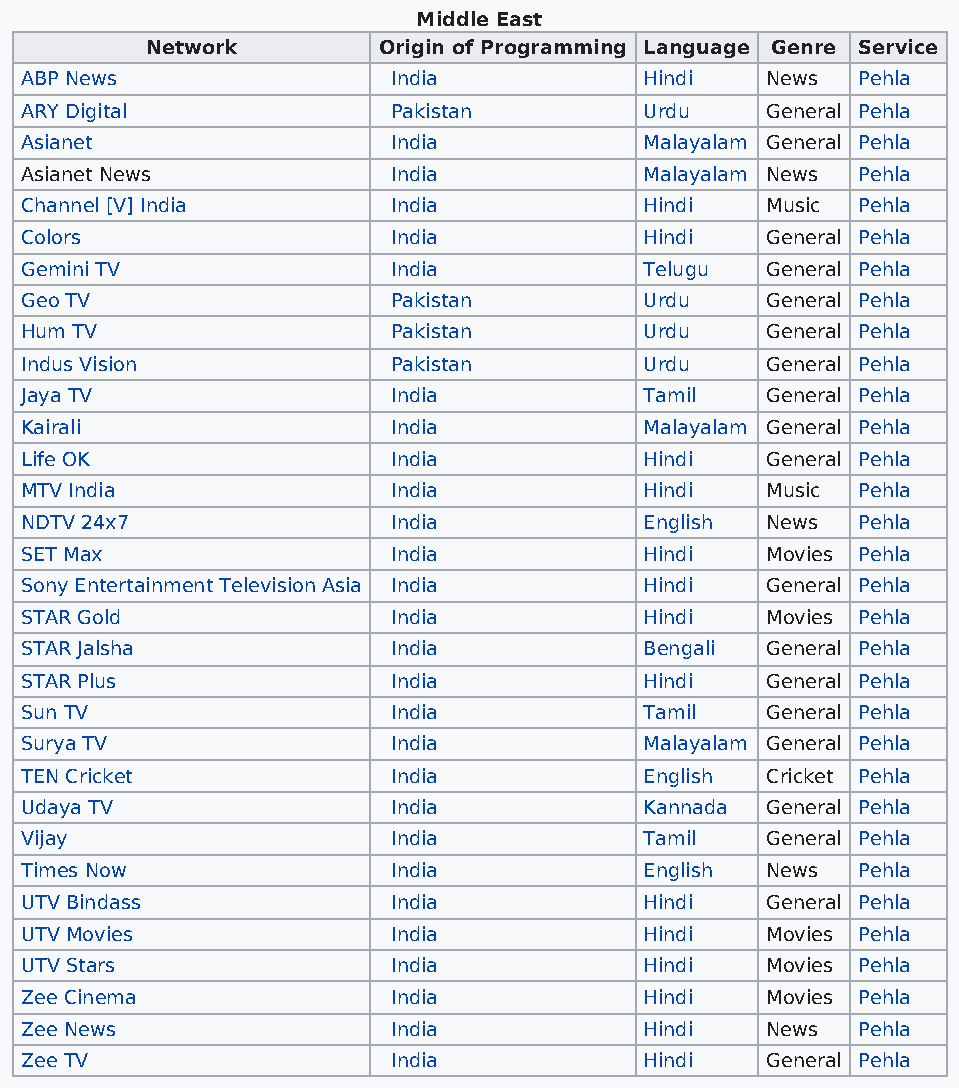
Middle East
 Network        Origin of Programming Language Genre Service
 ABP News                 India            Hindi   News  Pehla
 ARY Digital              Pakistan         Urdu    General Pehla
 Asianet                  India            Malayalam General Pehla
 Asianet News             India            Malayalam News Pehla
 Channel [V] India        India            Hindi   Music Pehla
 Colors                   India            Hindi   General Pehla
 Gemini TV                India            Telugu  General Pehla
 Geo TV                   Pakistan         Urdu    General Pehla
 Hum TV                   Pakistan         Urdu    General Pehla
 Indus Vision             Pakistan         Urdu    General Pehla
 Jaya TV                  India            Tamil   General Pehla
 Kairali                  India            Malayalam General Pehla
 Life OK                  India            Hindi   General Pehla
 MTV India                India            Hindi   Music Pehla
 NDTV 24x7                India            English News  Pehla
 SET Max                  India            Hindi   Movies Pehla
 Sony Entertainment Television Asia India  Hindi   General Pehla
 STAR Gold                India            Hindi   Movies Pehla
 STAR Jalsha              India            Bengali General Pehla
 STAR Plus                India            Hindi   General Pehla
 Sun TV                   India            Tamil   General Pehla
 Surya TV                 India            Malayalam General Pehla
 TEN Cricket              India            English Cricket Pehla
 Udaya TV                 India            Kannada General Pehla
 Vijay                    India            Tamil   General Pehla
 Times Now                India            English News  Pehla
 UTV Bindass              India            Hindi   General Pehla
 UTV Movies               India            Hindi   Movies Pehla
 UTV Stars                India            Hindi   Movies Pehla
 Zee Cinema               India            Hindi   Movies Pehla
 Zee News                 India            Hindi   News  Pehla
 Zee TV                   India            Hindi   General Pehla